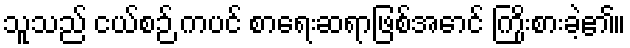
သူသည် ငယ်စဉ် ကပင် စာရေးဆရာဖြစ်အောင် ကြိုးစားခဲ့၏။